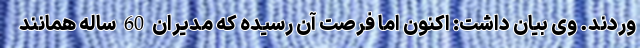
وردند. وی بیان داشت: اکنون اما فرصت آن رسیده که مدیران 60 ساله همانند